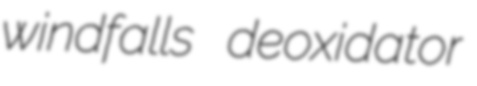
windfalls deoxidator